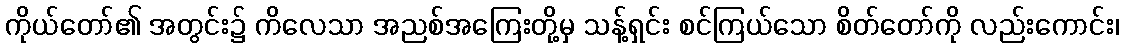
ကိုယ်တော်၏ အတွင်း၌ ကိလေသာ အညစ်အကြေးတို့မှ သန့်ရှင်း စင်ကြယ်သော စိတ်တော်ကို လည်းကောင်း၊